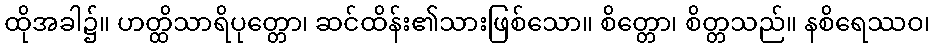
ထိုအခါ၌။ ဟတ္ထိသာရိပုတ္တော၊ ဆင်ထိန်း၏သားဖြစ်သော။ စိတ္တော၊ စိတ္တသည်။ နစိရေဿဝ၊